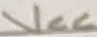
Text: VCC